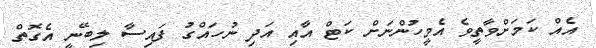
އެއް ކަމަށްވާތީވެ އެމީހުންނަށް ކަޓް އާއި އަދި ނުހައްގު ފައިސާ ލިބޭނީ އެގޮތް